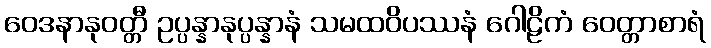
ဝေဒနာနုဝတ္တီ ဥပ္ပန္နာနုပ္ပန္နာနံ သမထဝိပဿနံ ဂေါဠိကံ ဝေတ္တာစာရံ